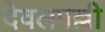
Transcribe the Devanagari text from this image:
देवलपल्ली